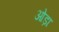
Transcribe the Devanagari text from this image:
ओड़ा